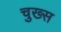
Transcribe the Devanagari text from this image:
चुख्स